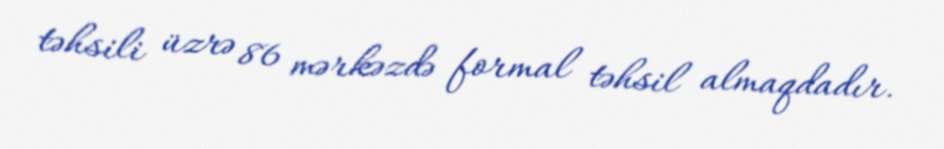
təhsili üzrə 86 mərkəzdə formal təhsil almaqdadır.